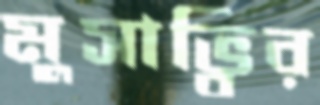
মুসাভ্বির